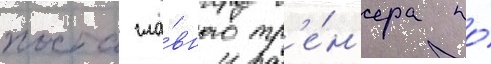
поста гла́вного тр'е́н'ера по́